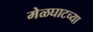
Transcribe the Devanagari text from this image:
मेळघाटच्या